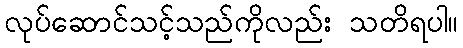
လုပ်ဆောင်သင့်သည်ကိုလည်း သတိရပါ။